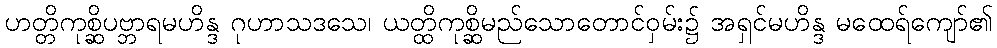
ဟတ္တိကုစ္ဆိပဗ္ဘာရမဟိန္ဒ ဂုဟာသဒသေ၊ ယတ္ထိကုစ္ဆိမည်သောတောင်ဝှမ်း၌ အရှင်မဟိန္ဒ မထေရ်ကျော်၏